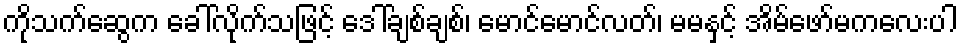
ကိုသက်ဆွေက ခေါ်လိုက်သဖြင့် ဒေါ်ချစ်ချစ်၊ မောင်မောင်လတ်၊ မမနှင့် အိမ်ဖော်မကလေးပါ